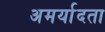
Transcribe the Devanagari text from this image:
अमर्यादता